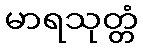
မာရသုတ္တံ